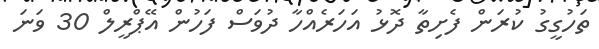
ތަހުގީގު ކުރަން ފެށިތާ ދޮޅު އަހަރެއްހާ ދުވަސް ފަހުން އޭޕްރީލް 30 ވަނަ